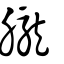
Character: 朧